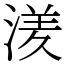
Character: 湵